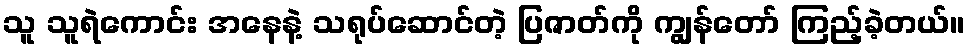
သူ သူရဲကောင်း အနေနဲ့ သရုပ်ဆောင်တဲ့ ပြဇာတ်ကို ကျွန်တော် ကြည့်ခဲ့တယ်။